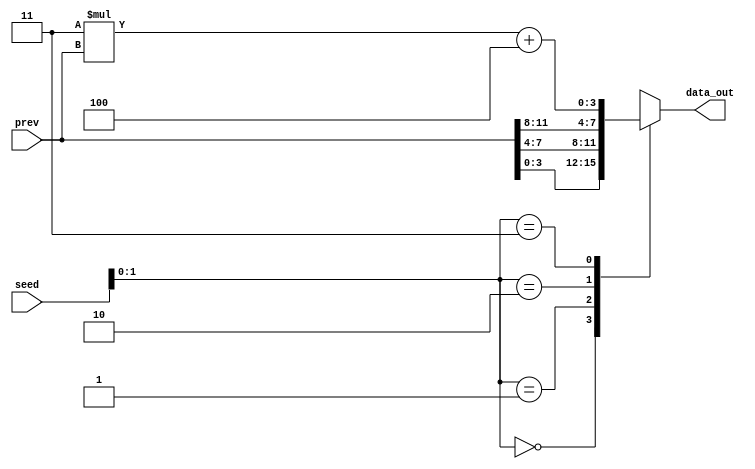
`timescale 1ns / 1ps
module Structural(
        input       [11:0]  seed    ,
        input       [11:0]  prev    ,
        output reg  [3:0]   data_out
    );
    
    reg [11:0]temp;

    always @(*)
    begin
        case(seed[1:0])
        0:  data_out = prev[3:0];  
        1:  data_out = prev[7:4];
        2:  data_out = prev[11:8];
        3:  
            begin
            temp = 3 * prev + 4;
            data_out = temp[3:0];
            end
        endcase
    end
endmodule